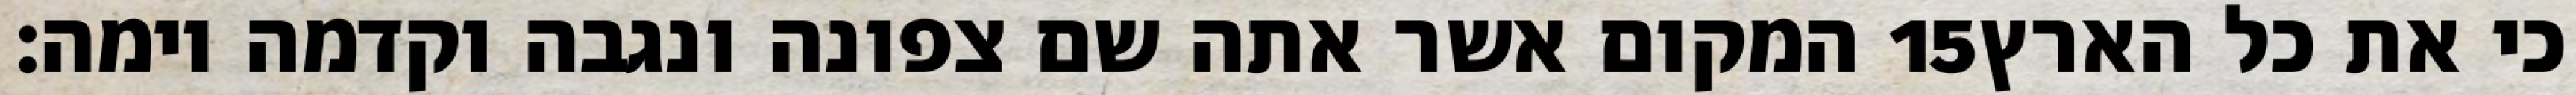
המקום אשר אתה שם צפונה ונגבה וקדמה וימה׃ ‎15‏ כי את כל הארץ